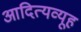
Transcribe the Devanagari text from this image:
आदित्यव्यूह